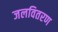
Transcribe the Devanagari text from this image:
जलवितरण